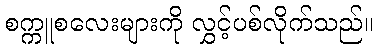
စက္ကူစလေးများကို လွှင့်ပစ်လိုက်သည်။